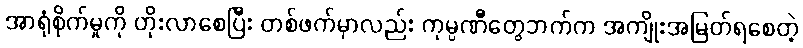
အာရုံစိုက်မှုကို တိုးလာစေပြီး တစ်ဖက်မှာလည်း ကုမ္ပဏီတွေဘက်က အကျိုးအမြတ်ရစေတဲ့